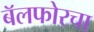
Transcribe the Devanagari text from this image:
बॅलफोरचा